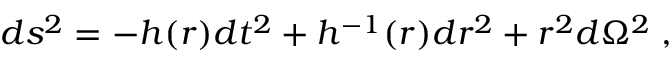
d s ^ { 2 } = - h ( r ) d t ^ { 2 } + h ^ { - 1 } ( r ) d r ^ { 2 } + r ^ { 2 } d \Omega ^ { 2 } \; ,